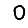
Digit: 0